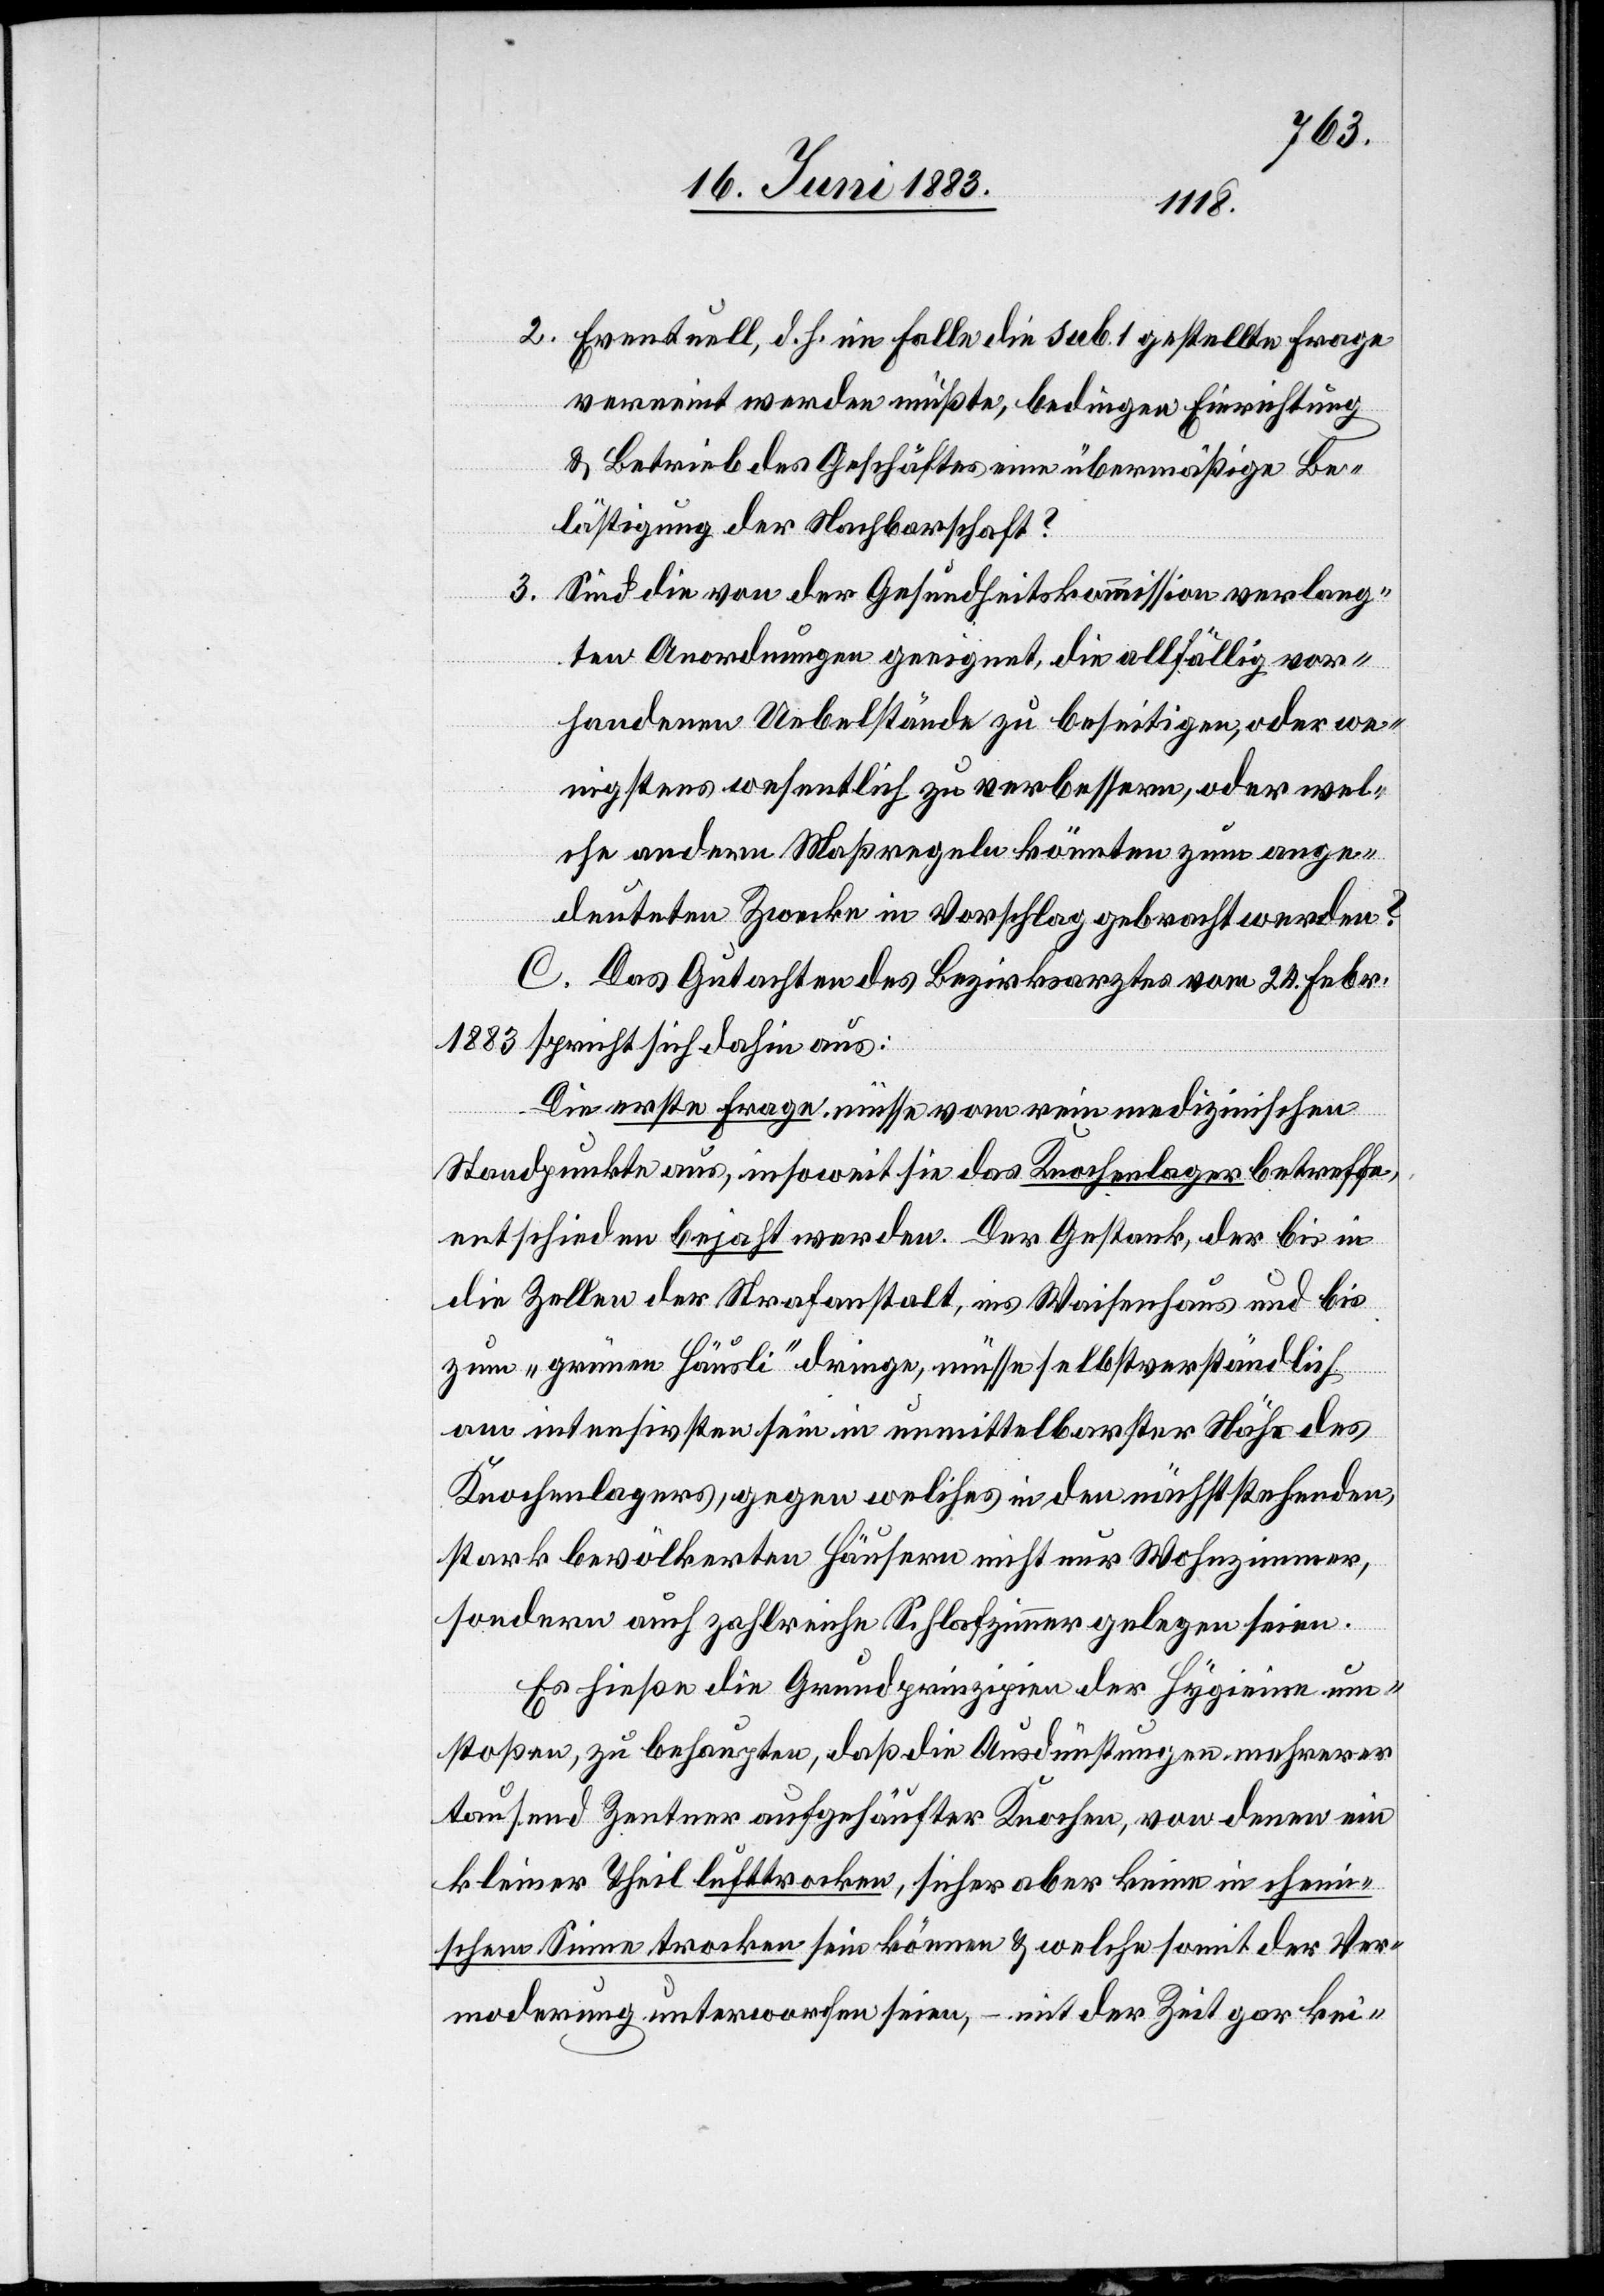
2. Eventuell, d. h. im Falle die sub. 1 gestellte Frage
verneint werden müßte, bedingen Einrichtung
& Betrieb des Geschäftes eine übermäßige Be¬
lästigung der Nachbarschaft?
Sind die von der Gesundheitskommission verlang¬
3.
ten Anordnungen geeignet, die allfällig vor¬
handenen Uebelstände zu beseitigen, oder we¬
nigstens wesentlich zu verbessern, oder wel¬
che andern Maßregeln könnten zum ange¬
deuteten Zwecke in Vorschlag gebracht werden?
C. Das Gutachten des Bezirksarztes vom 24. Febr.
1883 spricht sich dahin aus:
Die erste Frage müsse vom rein medizinischen
Standpunkte aus, insoweit sie das Knochenlager betreffe,
entschieden bejaht werden. Der Gestank, der bis in
die Zellen der Strafanstalt, ins Waisenhaus und bis
zum „grünen Häusli“ dringe, müsse selbstverständlich
am intensivsten sein in unmittelbarster Nähe des
Knochenlagers, gegen welches in den nächststehenden,
stark bevölkerten Häusern nicht nur Wohnzimmer,
sondern auch zahlreiche Schlafzimmer gelegen seien.
Es hieße die Grundprinzipien der Hygiene um¬
stoßen, zu behaupten, daß die Ausdünstungen mehrerer
tausend Zentnern aufgehäufter Knochen, von denen ein
kleiner Theil lufttrocken, sicher aber keine in chemi¬
schem Sinne trocken sein können & welche somit der Anor¬
dnung unterworfen seien, – mit der Zeit gar kei-